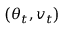
\left( \boldsymbol { \theta } _ { t } , \boldsymbol { v } _ { t } \right)